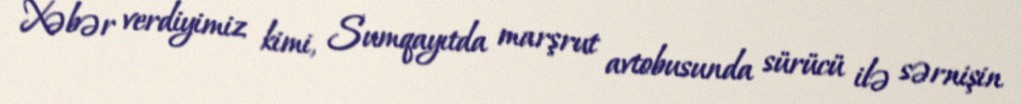
Xəbər verdiyimiz kimi, Sumqayıtda marşrut avtobusunda sürücü ilə sərnişin